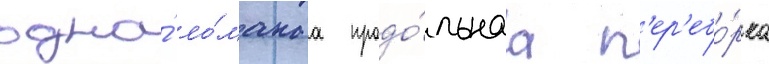
одна́ ло́манаа продо́льнаа п'ер'ебо́рка